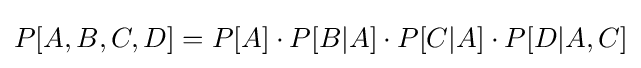
P[A,B,C,D]=P[A]\cdot P[B|A]\cdot P[C|A]\cdot P[D|A,C]